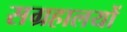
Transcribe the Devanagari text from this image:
सग्रहालयों